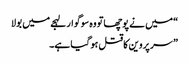
“ میں نے پوچھاتو وہ سوگوار لہجے میں بولا
” سر پروین کا قتل ہو گیا ہے۔